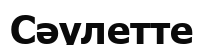
Сәулетте